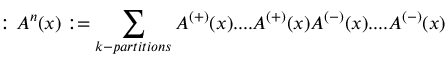
: A ^ { n } ( x ) : = \sum _ { k - p a r t i t i o n s } A ^ { \left( + \right) } ( x ) . . . . A ^ { \left( + \right) } ( x ) A ^ { \left( - \right) } ( x ) . . . . A ^ { \left( - \right) } ( x )